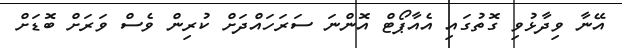
އޭނާ ވިދާޅުވި ގޮތުގައި އެއާޕޯޓް އޮންނަ ސަރަަހައްދަށް ކުރިން ވެސް ވަރަށް ބޮޑަށް